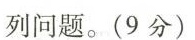
列问题。(9分)